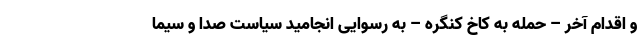
و اقدام آخر – حمله به کاخ کنگره – به رسوایی انجامید سیاست صدا و سیما